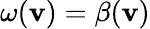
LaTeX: \omega({\mathbf v})=\beta({\mathbf v})